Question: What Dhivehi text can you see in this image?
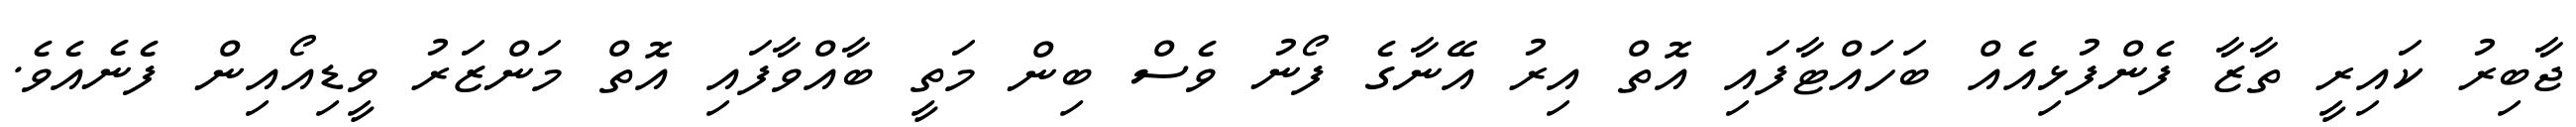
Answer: ޖާބިރު ކައިރީ ތާޒާ ފެންފުޅިއެއް ބަހައްޓާފައި އޮތް އިރު އޭނާގެ ފޯނު ވެސް ބިން މަތީ ބާއްވާފައި އޮތް މަންޒަރު ވީޑިއޯއިން ފެނެއެވެ.